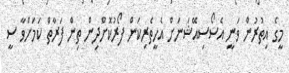
މީގެ އިތުރުން ވަނީ އެސޯސިއޭޝަނަށް އެހީތެރިކަން ފޯރުކޮށްދިން ތިން ފަރާތް ކަމަށްވާ ސީ